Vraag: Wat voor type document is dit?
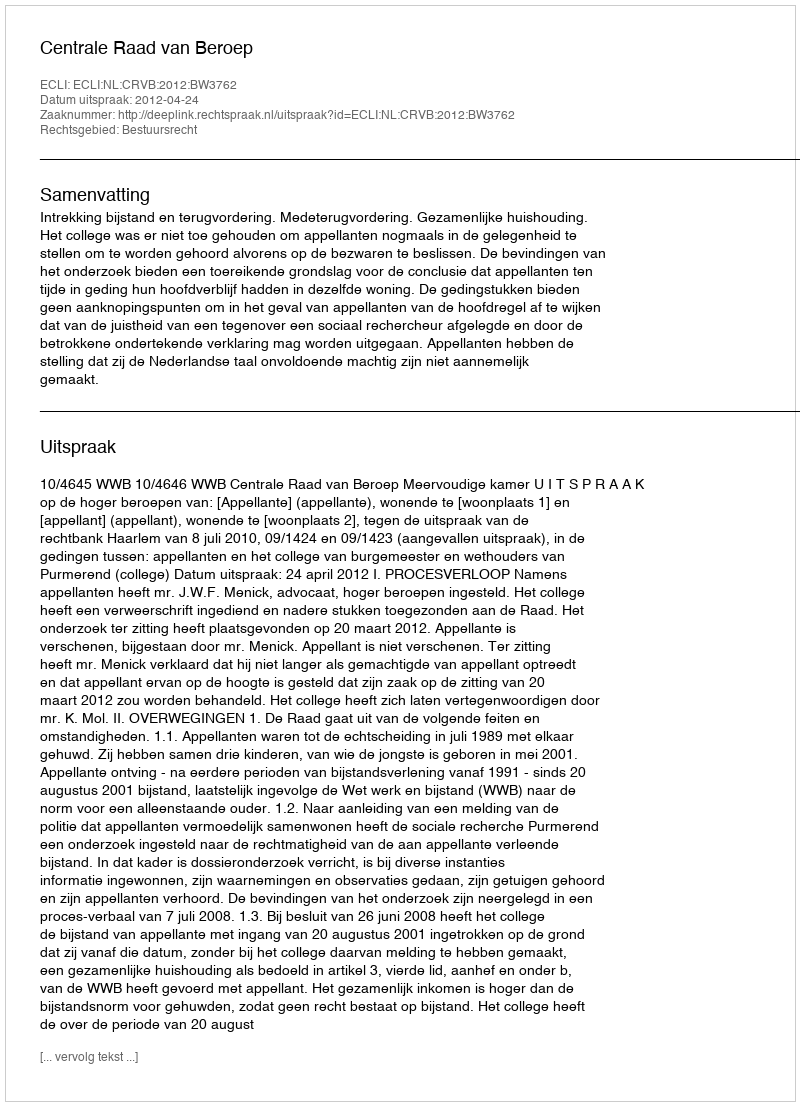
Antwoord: Uitspraak